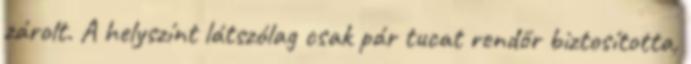
zárolt. A helyszínt látszólag csak pár tucat rendőr biztosította,